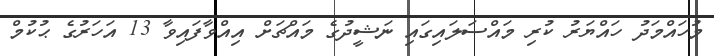
މުހައްމަދު ހައްޔަރު ކުރި މައްސަލައިގައި ނަޝީދުގެ މައްޗަށް އިއްވާފައިވާ 13 އަހަރުގެ ޙުކުމް